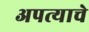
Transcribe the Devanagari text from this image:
अपत्याचे